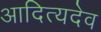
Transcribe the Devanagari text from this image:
आदित्यदेव